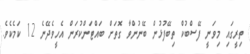
ތިރީގައި މިވަނީ ފޭސްބުކް ތިބޭފުޅުން ބޭނުންވާ ގޮތަށް ބައްޓަންކުރަން އެހީވެދޭނެ 12 ކަމެކެވެ.